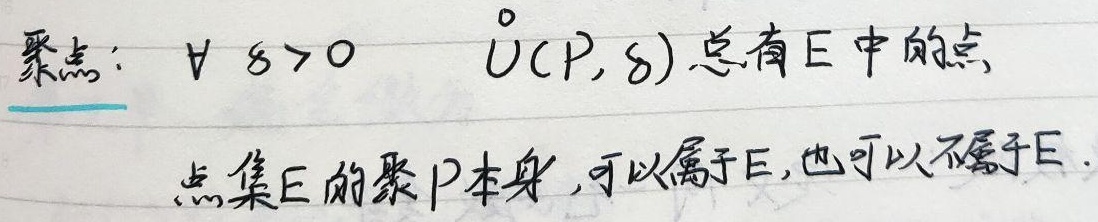
聚点：$\forall \delta > 0$，$\mathring{U}(P, \delta)$ 中总有 \(E\) 中的点。点集 \(E\) 的聚点 \(P\) 本身，可以属于 \(E\)，也可以不属于 \(E\)。